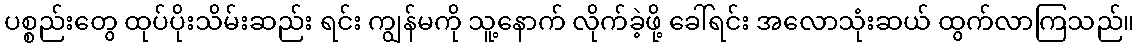
ပစ္စည်းတွေ ထုပ်ပိုးသိမ်းဆည်း ရင်း ကျွန်မကို သူ့နောက် လိုက်ခဲ့ဖို့ ခေါ်ရင်း အလောသုံးဆယ် ထွက်လာကြသည်။